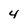
Character: 4